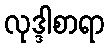
လုဒ္ဒါစာရာ